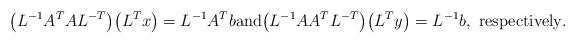
LaTeX: \begin{align*} \big( L^{-1}A^TAL^{-T} \big) \big( L^T x\big) = L^{-1}A^T b \mathrm{and} \big( L^{-1}AA^TL^{-T} \big) \big( L^T y\big) = L^{-1} b,\ \mbox{respectively}.\end{align*}